Civil Veterinary Department Bihar & Orissa reports 1929-36 - 1929-1936
Year: 1929
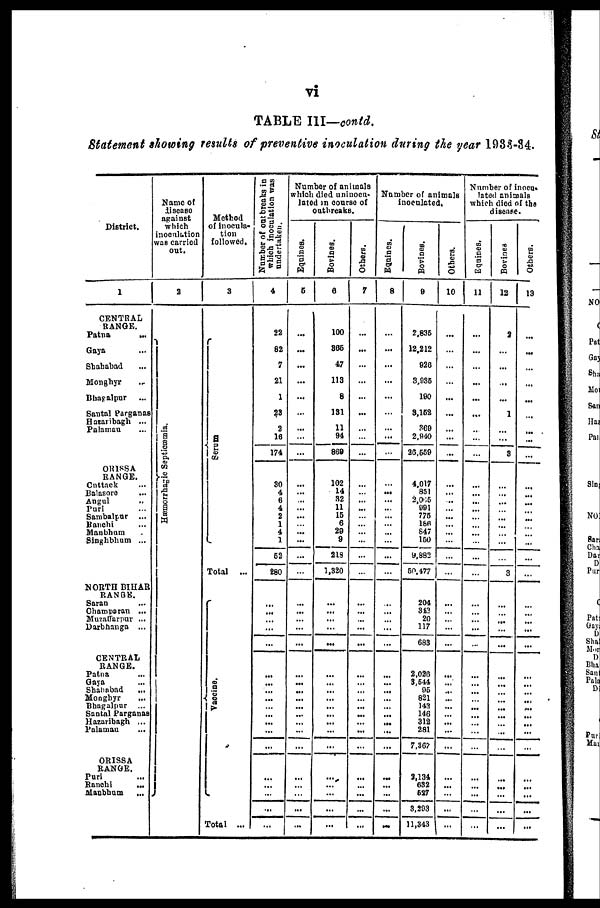
vi
TABLE III—contd.
Statement showing results of preventive inoculation during the year 193.3-84.
District.
1
CENTRAL
RANGE.
Patna
...
Gaya ...
Shahabad ...
Monghyr ...
Bhagalpur ...
Santal Parganas
Hazaribagh ...
Palamau ...
ORISSA
RANGE.
Cuttack ...
Balasore ...
Angul ..
Puri ...
Sambalpur ...
Ranchi ...
Manbhum .
Singhbhum ...
NORTH BIHAR
RANGE.
Saran ...
Champa ran ...
Muzaffarpur ...
Darbhanga ...
CENTRAL
RANGE.
Patna ...
Gaya ...
Shahabad ...
Monghyr ...
Bhagalpur ...
Santal Parganas
Hazaribagh ...
Palamau ...
ORISSA
RANGE.
Puri ...
Ranchi ...
Manbhum
...
Name of
disease
against
which
inoculation
was carried
out.
2
Hæmo r
r
h a g ic Septicæmia.
Method
of inocula-
tion
followed.
3
Serum
Total ...
Vacci ne.
Total ...
Number of out breaks in
which inoculation was
undertaken.
4
22
82
7
21
1
23
2
16
174
30
4
6
4
2
1
4
1
52
280
...
...
...
...
...
...
...
...
...
...
...
...
...
...
...
...
...
...
Number of animals
which died uninocu-
lated in course of
outbreaks.
Equines.
5
...
...
...
...
...
...
...
...
...
...
...
...
...
...
...
...
...
...
...
...
...
...
...
...
...
...
...
...
...
...
...
...
...
...
Bovines.
6
100
805
47
113
8
131
11
94
869
102
14
32
11
15
6
20
9
218
1,320
...
...
...
...
...
...
...
...
... ...
...
...
...
...
...
...
...
...
...
Others.
7
...
...
...
...
...
...
...
...
...
...
...
...
...
...
...
...
...
...
...
...
...
...
...
...
...
...
...
...
...
...
...
...
...
...
...
...
...
Number of animals
inoculated,
Equines.
8
...
...
...
...
...
...
...
...
...
... ...
...
...
...
...
...
...
...
...
...
...
...
...
...
...
...
...
...
... ...
...
...
...
...
...
...
...
Bovines.
9
2,835
12,212
920
3.935
190
3.152
369
2,940
26,559
4,017
851
2,065
891
775
16«
847
150
9,882
50,477
204
312
20
117
683
2,026
3,544
95
821
143
146
312
281
7,367
2,134
632
527
3,293
11,343
Others.
10
...
...
...
...
...
...
...
...
...
...
...
...
...
...
...
...
...
...
...
...
...
...
...
...
...
...
...
...
...
...
...
...
...
...
... ...
...
...
Number of inocu-
lated animals
which died of the
disease.
Equines.
11
...
...
...
...
...
...
...
...
...
... ...
...
...
...
... ...
...
...
...
...
...
...
...
...
...
... ...
... ...
...
...
...
...
...
...
...
...
Bovines
12
2
...
...
...
...
1
...
...
3
...
... ...
...
...
...
...
...
...
3
...
...
...
...
...
...
...
...
... ...
...
...
...
...
...
...
...
...
...
Others.
13
...
...
...
...
...
...
... ...
...
...
...
...
...
...
...
...
...
...
...
...
...
...
...
...
...
...
... ...
...
...
...
...
...
...
...
...